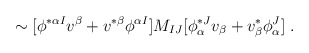
\begin{align*}\sim [\phi ^{* \alpha I} v^\beta + v^{*\beta} \phi ^{ \alpha I}] M_{IJ} [\phi_{ \alpha} ^{* J} v_\beta + v^{*}_{\beta} \phi_{ \alpha}^J] \ .\end{align*}